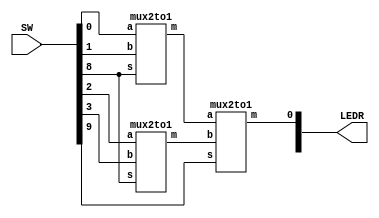
`timescale 1ns / 1ns // `timescale time_unit/time_precision

//SW[2:0] data inputs
//SW[9] select signals

//LEDR[0] output display

module mux(LEDR, SW);
    input [9:0] SW;
    output [9:0] LEDR;
	 
	 wire wire0, wire1;

	 //instantiating 2 mux2to1 and chain the outputs to the third instances to create a mux4to1
    mux2to1 u0(
        .a(SW[0]),
        .b(SW[1]),
        .s(SW[8]),
        .m(wire0)
        );
		  
    mux2to1 u1(
        .a(SW[2]),
        .b(SW[3]),
        .s(SW[8]),
        .m(wire1)
        );
		  
    mux2to1 u2(
        .a(wire0),
        .b(wire1),
        .s(SW[9]),
        .m(LEDR[0])
        );
		  
endmodule

module mux2to1(a, b, s, m);
    input a; //select 0
    input b; //select 1
    input s; //select signal
    output m; //output
  
    //assign m = s & y | ~s & x;
    // OR
    assign m = s ? b : a;

endmodule